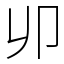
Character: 𠨍